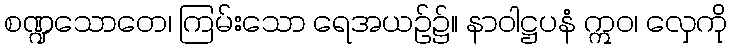
စဏ္ဍသောတေ၊ ကြမ်းသော ရေအယဉ်၌။ နာဝါဋ္ဌပနံ ဣဝ၊ လှေကို